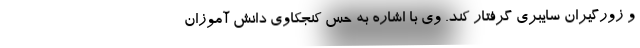
و زورگیران سایبری گرفتار کند. وی با اشاره به حس کنجکاوی دانش آموزان